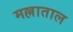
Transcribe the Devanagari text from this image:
मल्लाताल